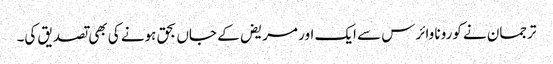
ترجمان نے کورونا وائرس سے ایک اور مریض کے جاں بحق ہونے کی بھی تصدیق کی۔